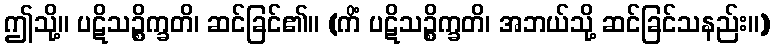
ဤသို့။ ပဋိသဉ္စိက္ခတိ၊ ဆင်ခြင်၏။ (ကိံ ပဋိသဉ္စိက္ခတိ၊ အဘယ်သို့ ဆင်ခြင်သနည်း။)